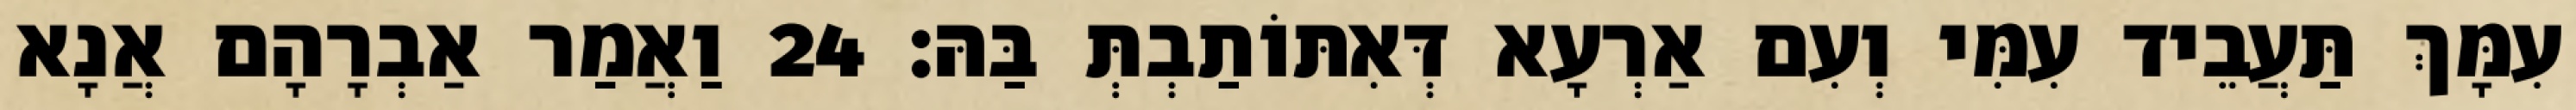
עִמָּךְ תַּעֲבֵיד עִמִּי וְעִם אַרְעָא דְּאִתּוֹתַבְתְּ בַּהּ׃ 24 וַאֲמַר אַבְרָהָם אֲנָא